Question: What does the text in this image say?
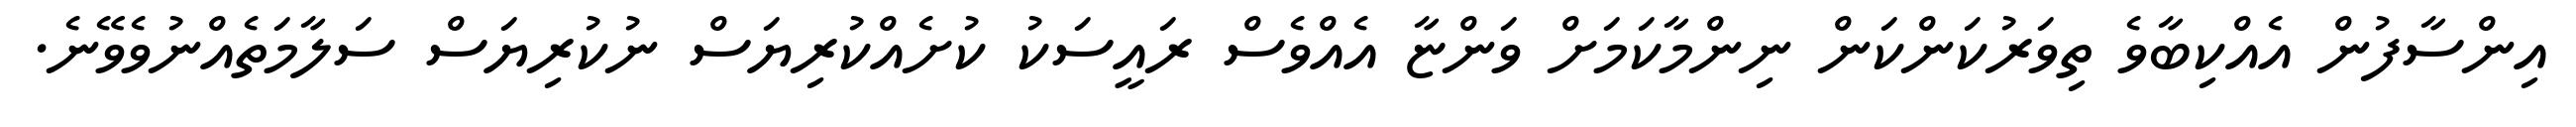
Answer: އިންސާފުން އެއްކިބާވެ ތިވަރުކަންކަން ނިންމާކަމަށް ވަންޏާ އެއްވެސް ރައީސަކު ކުށެއްކުރިޔަސް ނުކުރިޔަސް ސަލާމަތެއްނުވެވޭނެ.